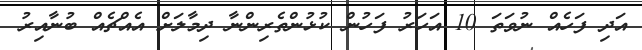
އަދި ފަހެއް ނުވަތަ 10 އަހަރު ފަހުން ކުޅުންތެރިންނާ ދިމާލަށް އެއްޗެއް ބުނާއިރު